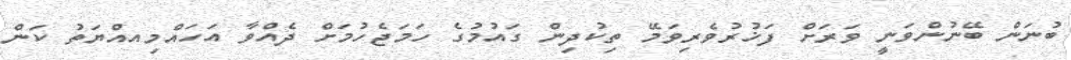
ބުނަން ބޭނުންވަނީ ވަރަށް ފަޚުރުވެރިވަމޭ ތިކުދިން ގައުމުގެ ހަމަޖެހުމަށް ދެއްވާ އަހައްމިއއްޔަތު ކަން